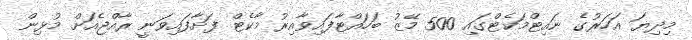
މިދިޔަ އަހަރުގެ ނައިޓްމަކެޓްގައި 500 މޭޒު ބަހައްޓާފައިވާއިރު މާކެޓް ފަށާފައިވަނީ ރާއްޖެއަށް މުޅިން